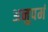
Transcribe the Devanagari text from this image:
अनुपमं